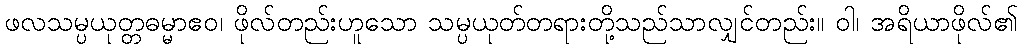
ဖလသမ္ပယုတ္တဓမ္မာဧဝ၊ ဖိုလ်တည်းဟူသော သမ္ပယုတ်တရားတို့သည်သာလျှင်တည်း။ ဝါ၊ အရိယာဖိုလ်၏